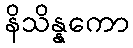
နိသိန္နကော